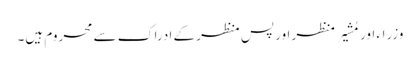
وزراء اور مُشیر منظر اور پس منظر کے ادراک سے محروم ہیں۔